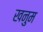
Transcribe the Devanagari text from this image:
खनुम